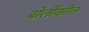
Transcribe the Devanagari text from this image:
बोलींवरील